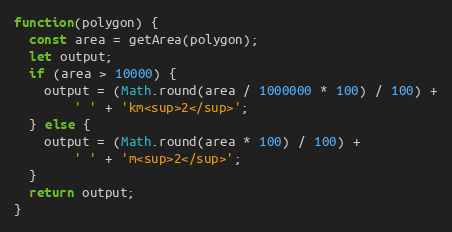
Language: JavaScript
function(polygon) {
  const area = getArea(polygon);
  let output;
  if (area > 10000) {
    output = (Math.round(area / 1000000 * 100) / 100) +
        ' ' + 'km<sup>2</sup>';
  } else {
    output = (Math.round(area * 100) / 100) +
        ' ' + 'm<sup>2</sup>';
  }
  return output;
}